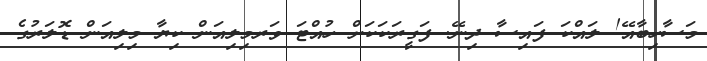
މަސާހިބާއޭ! ލައްކަ ފައިސާ ދިނޭ. ފަގީރަކަކަށް ހުއްޓަ ވަރމިލިއަން ކިޔާ މިލިއަން ޑޮލަރުގެ